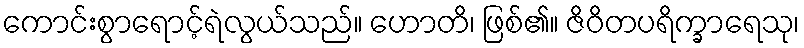
ကောင်းစွာရောင့်ရဲလွယ်သည်။ ဟောတိ၊ ဖြစ်၏။ ဇိဝိတပရိက္ခာရေသု၊